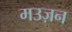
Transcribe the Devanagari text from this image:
मउज़न